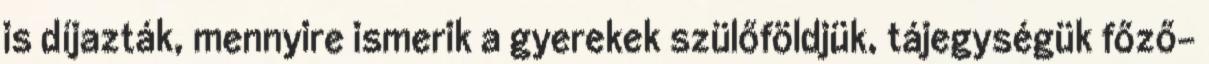
is díjazták, mennyire ismerik a gyerekek szülőföldjük, tájegységük főző-